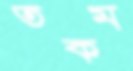
তকম